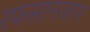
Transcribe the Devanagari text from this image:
रफसानजान